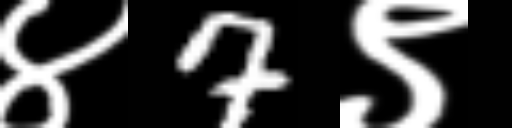
Text: ४7९